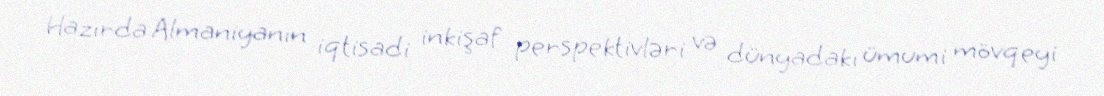
Hazırda Almaniyanın iqtisadi inkişaf perspektivləri və dünyadakı ümumi mövqeyi